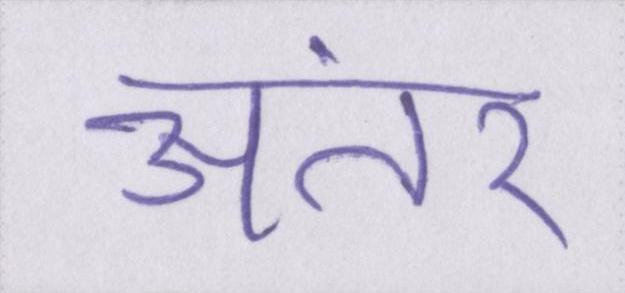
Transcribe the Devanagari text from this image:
अंतर